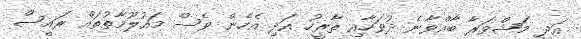
އަދި މަޝްވަރާ ބާއްވާނެ ދުވަހާއި ތާރީހު އަދި އެހެން ވެސް މައުލޫމާތުތައް ރައީސް